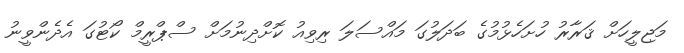
މަޖިލީހަށް ޤަރާރު ހުށަހެޅުމުގެ ބަދަލުގަ މައްސަލަ ރިވިއު ކޮށްދިނުމަށް ސްޕްރީމް ކޯޓުގަ އެދެންވީނު